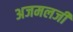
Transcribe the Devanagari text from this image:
अजमलजी